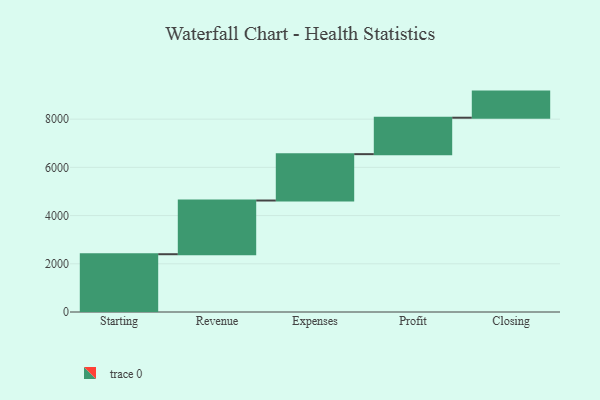
{"axis": {"x": "Step", "y": "Value"}, "legend": [""], "data": [{"x": "Starting", "y": 2397.0, "type": ""}, {"x": "Revenue", "y": 2228.0, "type": ""}, {"x": "Expenses", "y": 1923.0, "type": ""}, {"x": "Profit", "y": 1512.0, "type": ""}, {"x": "Closing", "y": 1083.0, "type": ""}]}